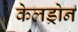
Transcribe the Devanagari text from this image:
केलड्रोन